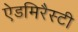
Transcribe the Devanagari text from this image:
ऐडमिरैस्टी